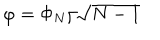
LaTeX: \varphi = \Phi _ { N } / \sqrt { N - 1 }